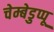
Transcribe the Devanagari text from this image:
चेम्बेडुप्पू